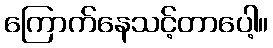
ကြောက်နေသင့်တာပေါ့။